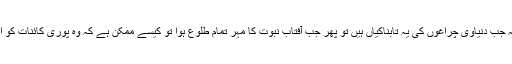
اسی لیے آپؐ کو روشن چراغ قرار دیا گیا کہ جب دنیاوی چراغوں کی یہ تابناکیاں ہیں تو پھر جب آفتاب نبوت کا مہر تمام طلوع ہوا تو کیسے ممکن ہے کہ وہ پوری کائنات کو اپنی نورانی کرنوں سے فیض یاب نہ کرے۔